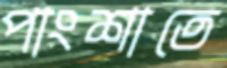
পাংশাতে